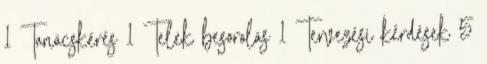
1 Tanácskérés 1 Telek besorolás 1 Tervezési kérdések 5